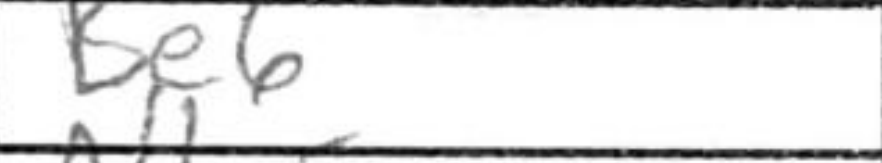
Transcription: Be6